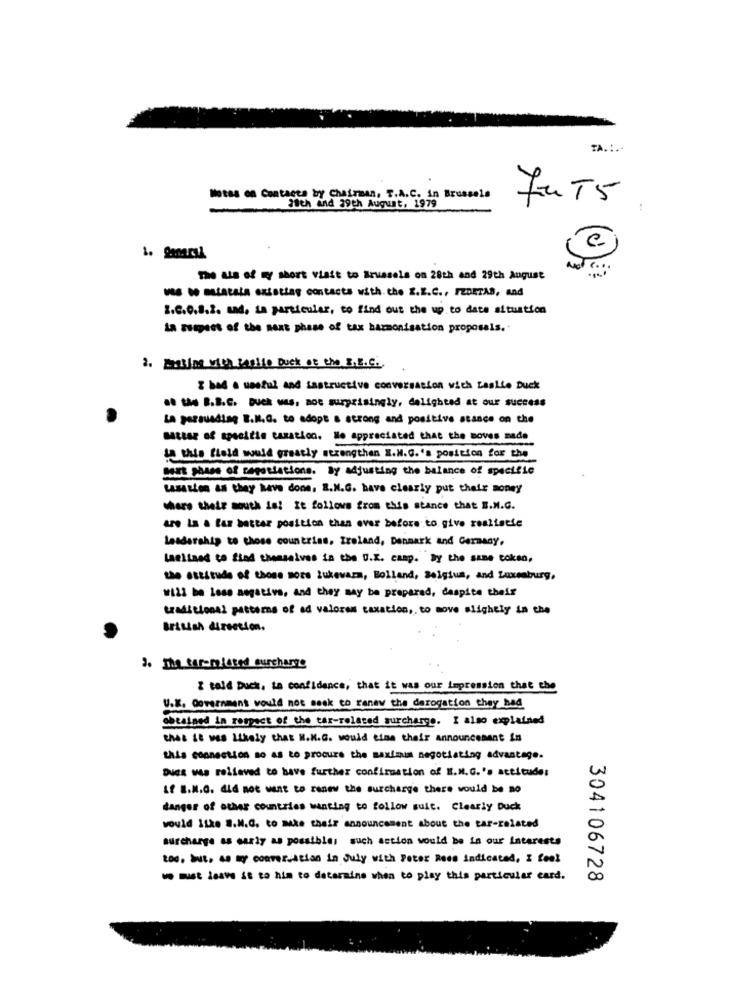
TA .:..
Motss on Contacte by Chairman. T.A.C. In Brussels
FUT5
28th and 39th August, 1979
c.
1. Smaral
The as of my short visit to Brussels on 28th and 29th August
was se siatata existing contacts with. the Z.E.C ., FEDETAS, and
2.C.0.8.2. sad. in particular, to find out the up to date situation
La Butpues of the next phase of tax harmonisation proposals.
2. Emating with capite Duck of the E.E.C.
I had a useful and instructive conversation with basile Duck
.. the B.B.C. Duck was. not surprisingly, delighted at our success
La persuading B.N.G. to adopt a strong and positive stance on the
matter of specifie taxation. He appreciated that the soves made
ta this field would greatly strengthen X.N.G.'s position for the
port phase of caporiations. By adjusting the balance of specific
tasastem as they have done, E.N.G. have clearly put their money
share their mouth in! It follows from this stance that S.M.G.
are la a far better position than ever before to give reaitatie
Leadership to those countries, Ireland, Danmark and Germany,
inclined to find themselves in the U.E. camp. By the same token,
the attitude of those more lukewarm, Bolland, Belgium, and Luxemburg,
W122 be less negative, and they may be prepared, despite their
traditional patterns of ad valorem taxation ,, to move slightly in the
British direction.
3. The ter-miated surcharge
I told buck. ta confidence, that it was our impression that the
U.K. Government would not seek to renew the derogation they bad
obtained in respect of the tax-related surcharge. I also explained
that it WAS Likely that N.M.G. would time their Announcement In
this connection so as to procure the maximum negotiating advantage.
Dues was relieved to have further confirmation of E.N.G.'s actitudes
Lf B.N.G. did not want to renew the surcharge there would be no
danger of other countries wanting to follow suit. Clearly Duck
would Itke S.M.G. to make their announcement about the tar-related
surcharge as early as possible; such action would be in our interests
toG. but. 4. my conversation in July with Peter Rees indicated, I feel
we must leave it to him to determine when to play this particular card.
304106728